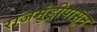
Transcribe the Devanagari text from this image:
राजमुंड्रीपासून